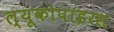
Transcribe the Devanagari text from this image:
ल्यूकोपाइरस